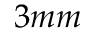
3 m m